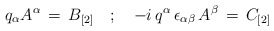
\begin{align*}q_{\alpha} A^{\alpha} \, = \, B_{[2]} \quad ; \quad -i \, q^{\alpha} \, \epsilon_{\alpha \beta} \, A^{\beta} \, = \, C_{[2]}\end{align*}